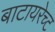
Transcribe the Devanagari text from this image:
बाटायरेच्ट